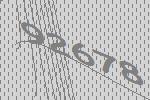
92678